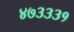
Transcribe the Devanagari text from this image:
४७३३३१